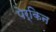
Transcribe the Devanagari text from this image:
पेर्किन